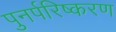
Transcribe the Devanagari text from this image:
पुनर्परिष्करण